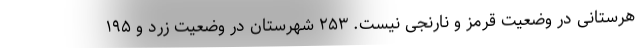
هرستانی در وضعیت قرمز و نارنجی نیست. ۲۵۳ شهرستان در وضعیت زرد و ۱۹۵